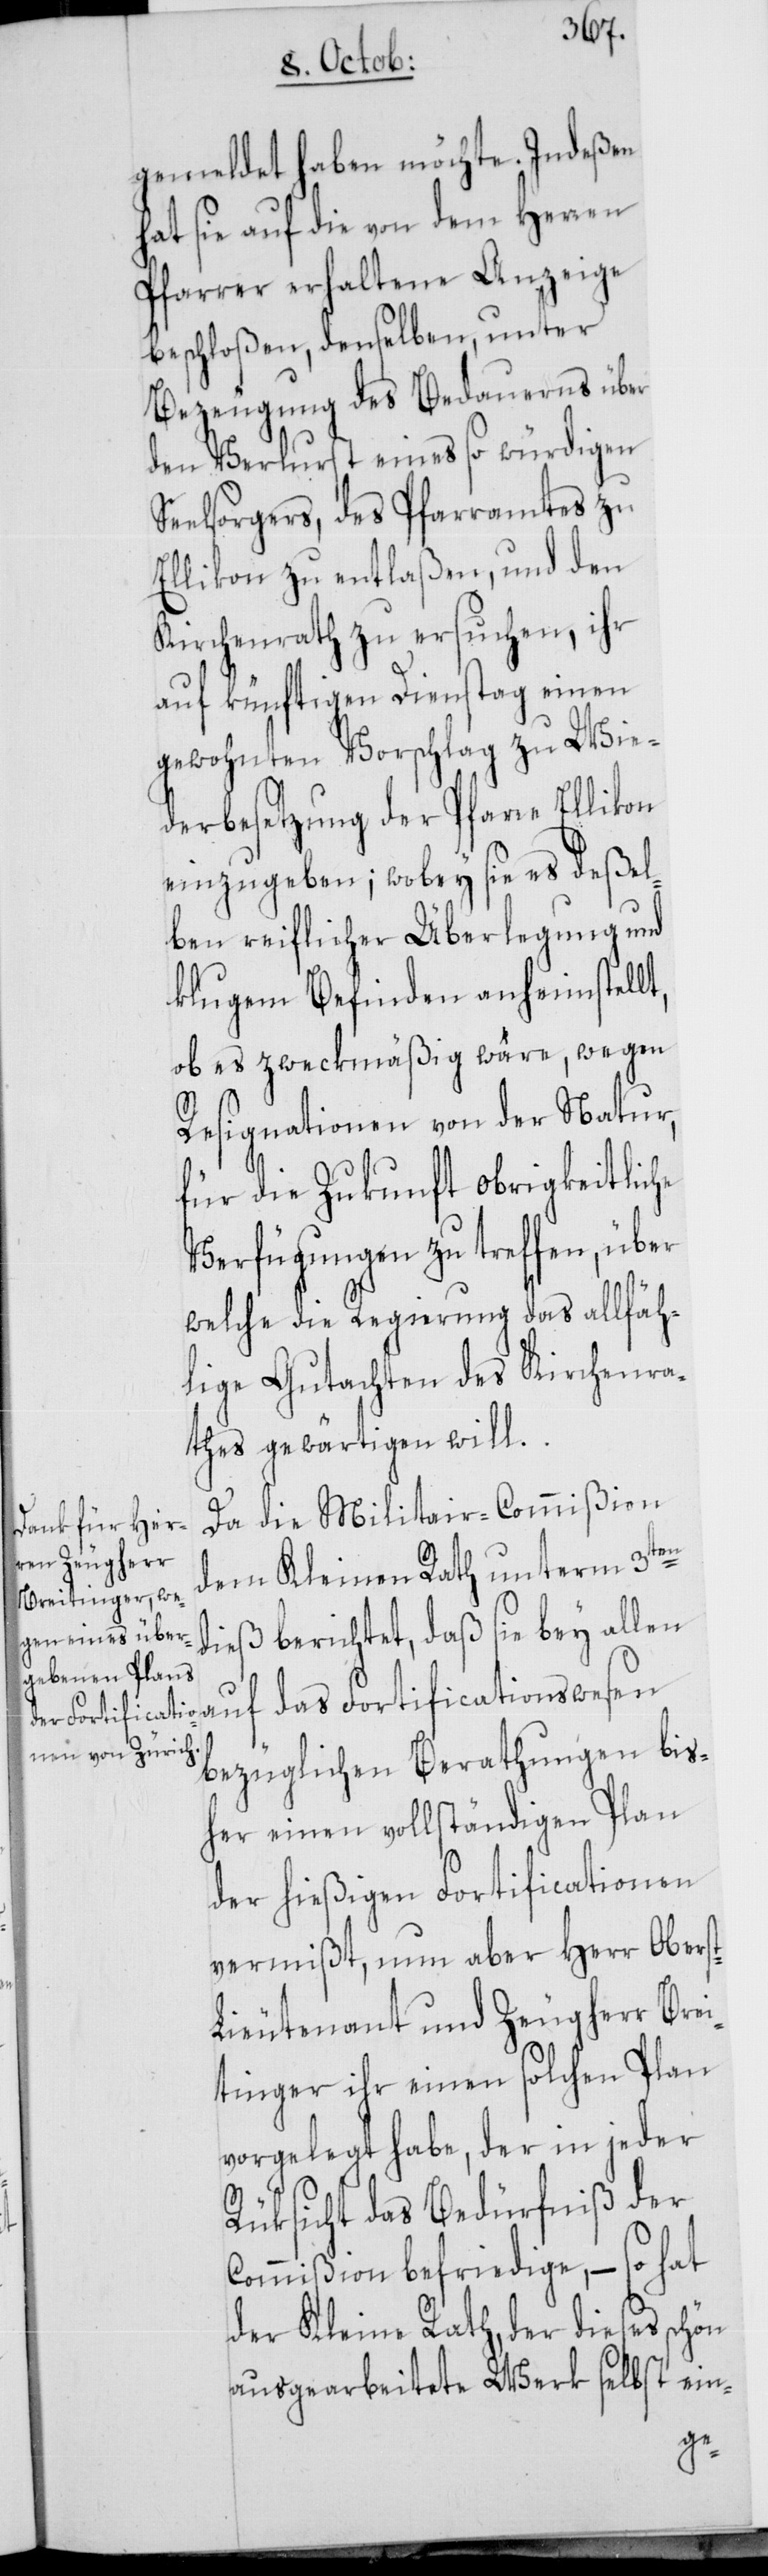
gemeldet haben möchte. Indeßen
hat sie auf die von dem Herren
Pfarrer erhaltene Anzeige
beschloßen, denselben, unter
Bezeugung des Bedauerns über
den Verlurst eines so würdigen
Seelsorgers, des Pfarramtes zu
Ellikon zu entlaßen, und den
Kirchenrath zu ersuchen, ihr
auf künftigen Dienstag einen
gewohnten Vorschlag zu Wie¬
derbesetzung der Pfarre Ellikon
einzugeben; wobey sie es deßel¬
ben reiflicher Überlegung und
klugem Befinden anheimstellt,
ob es zweckmäßig wäre, wegen
Resignationen von der Natur,
für die Zukunft obrigkeitliche
Verfügungen zu treffen, über
welche die Regierung das allfäh¬
lige Gutachten des Kirchenra¬
thes gewärtigen will.
Da die Militair-Commißion
dem Kleinen Rath unterm 3ten
dieß berichtet, daß sie bey allen
auf das Fortificationswesen
bezüglichen Berathungen bis¬
her einen vollständigen Plan
der hießigen Fortificationen
vermißt, nun aber Herr Obers¬
ieutenant und Zeugherr Brei¬
tinger ihr einen solchen Plan
vorgelegt habe, der in jeder
Rüksicht das Bedürfniß der
Commißion befriedige, – so hat
der Kleine Rath, der dieses schön
ausgearbeitete Werk selbst ein-
t-L¬